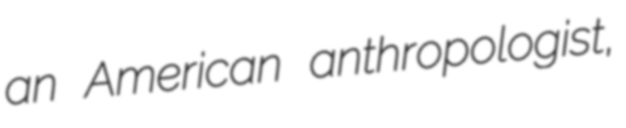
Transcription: an American anthropologist,